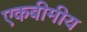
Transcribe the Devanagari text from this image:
एकबीमीय